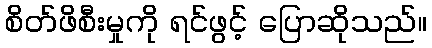
စိတ်ဖိစီးမှုကို ရင်ဖွင့် ပြောဆိုသည်။